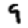
Digit: 9